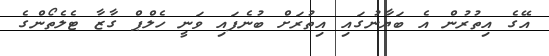
އޭގެ އިތުރުން އެ ބަޔާނުގައި އިތުރަށް ބުނެފައި ވަނީ ހެލްޕް ގާޒާ ޓެލެތޯންގެ